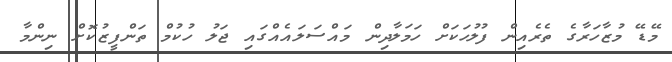
މޭޑޭ މުޒާހަރާގެ ތެރެއިން ފުލުހަކަށް ހަމަލާދިން މައްސަލައެއްގައި ޖަލު ހުކުމް ތަންފީޒުކޮށް ނިންމާ